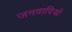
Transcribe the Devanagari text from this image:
जनवादियों